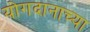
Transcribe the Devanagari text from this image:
योगदानाच्या